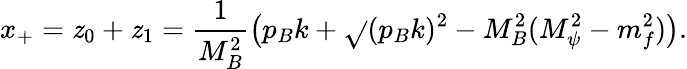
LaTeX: x_{+}=\mathit{z}_{0}+\mathit{z}_{1}=\frac{{1}}{{M_{B}^{2}}}\left(p_{B}k+\sqrt{}{{(p_{B}k)^{2}-M_{B}^{2}(M_{\psi}^{2}-m_{f}^{2})}}\right).